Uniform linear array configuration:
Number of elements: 48
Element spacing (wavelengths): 1
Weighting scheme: kaiser
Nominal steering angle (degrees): -30
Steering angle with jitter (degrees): -30.85
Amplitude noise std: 0.05
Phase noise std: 0.05

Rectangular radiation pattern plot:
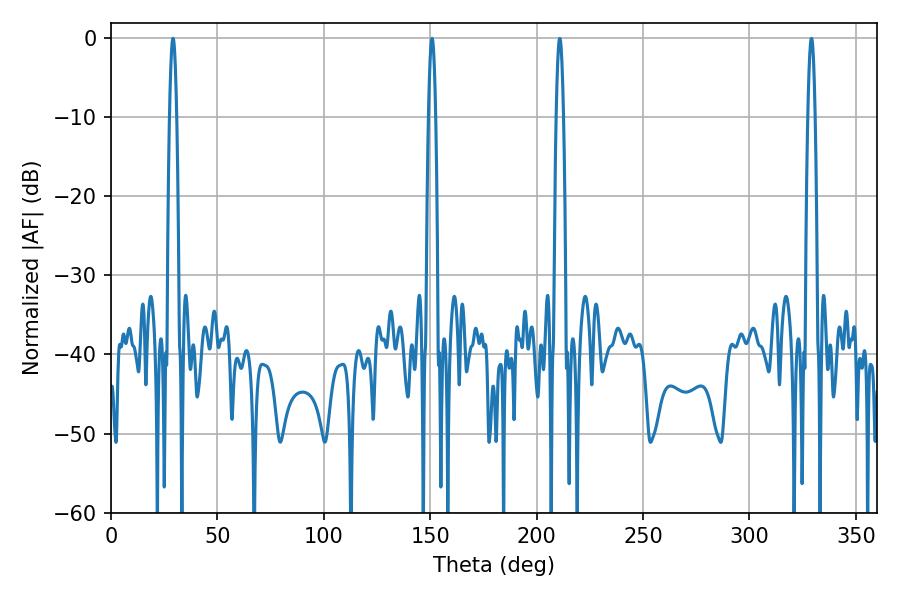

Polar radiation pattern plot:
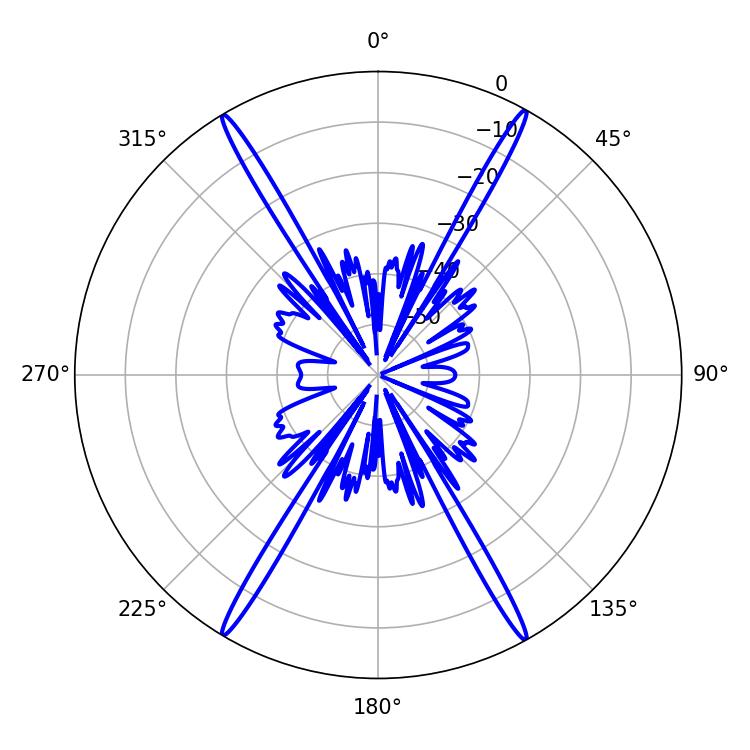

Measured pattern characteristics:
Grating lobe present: TRUE
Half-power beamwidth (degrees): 1.8
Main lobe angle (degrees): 29.16